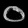
Digit: ၀